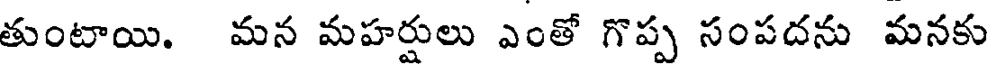
తుంటాయి. మన మహర్షులు ఎంతో గొప్ప సంపదను మనకు